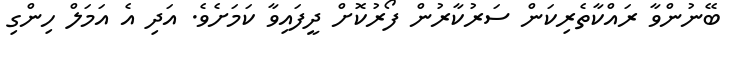
ބޭނުންވާ ރައްކާތެރިކަން ސަރުކާރުން ފޯރުކޮށް ދީފައިވާ ކަމަށެވެ. އަދި އެ އަމަލް ހިންގި